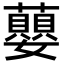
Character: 蘡